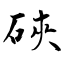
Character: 硤